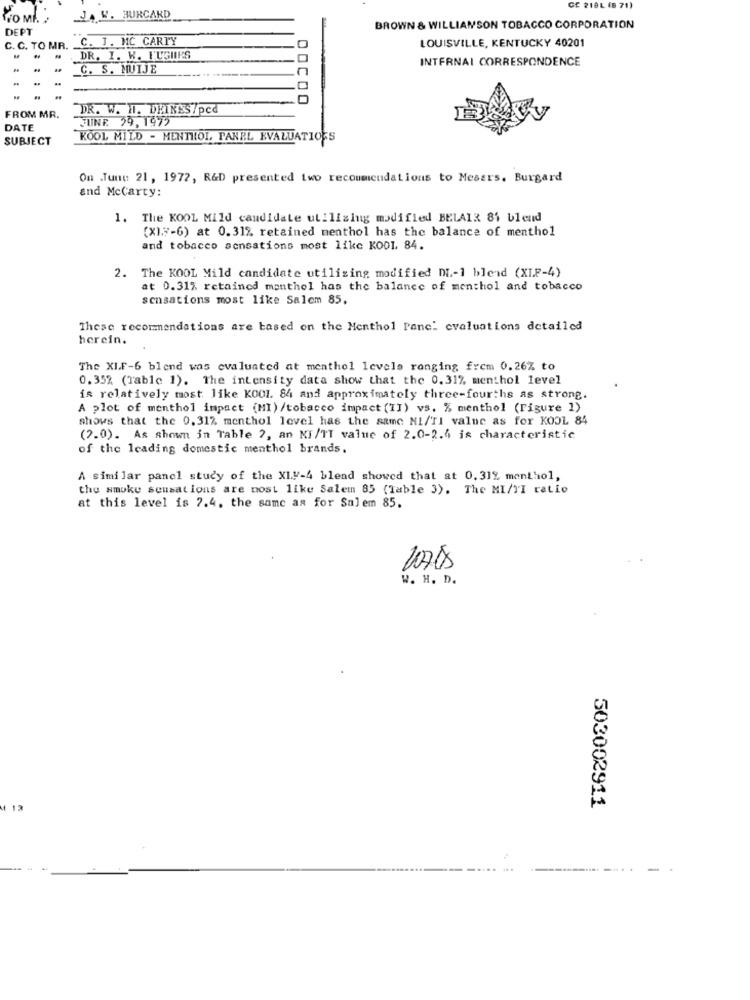
CE 218L (6 71)
Pro MI. :
JA W. BURCARD
DEPT
BROWN & WILLIAMSON TOBACCO CORPORATION
C. J. MC CARTY
LOUISVILLE, KENTUCKY 40201
C. C. TO MR.
DR. I. K. FUGIRS
INTERNAI CORRESPONDENCE
C. S. MUIJE
DR. W. H. DEINES/pcd
OOCOO
FROM MR.
JUNE 29,1972
DATE
SUBJECT
KOOL MILD - MENTHOL, PANEL EVALUATIONS
On June 21, 1972, R&D presented two recommendations to Mesers. Burgard
and Mccarty:
1. The KOOL Mild candidate utilizing modified BELAIR 84 blend
(X).7-6) at 0.31% retained menthol has the balance of menthol
and tobacco sensations most like KOOL 84.
2. The KOOL Mild candidate utilizing modified DI .- 1 blend (XI.F-4)
at 0.31% retained monthel has the balance of menthol and tobacco
sensations most like Salem 85,
These recommendations are based on the Menthol Pane: evaluations detailed
herein.
The XI.F-6 blend was evaluated at menthol levele ranging frem 0.26% to
0.35% (Table 1). The intensity data show that the 0.31% menthol level
is relatively most like KOO1. 84 and approximately three-fourths as strong.
A plot of menthol impact (MI) /tobacco impact (II) vs. % menthol (Figure 1)
shows that the 0.31% menthol level has the same NI/TI valne as for KOOL 84
(2.0). As shown in Table ?, an KI/TT value of 2.0-2.4 is characteristic
of the leading domestic menthol brands.
A similar panel study of the XL.y-4 blend showed that at 0,31% menthol,
the smoke seusations are nost like Salem 85 (Table 3). The MI/VI ratio
at this level is 7.4. the same as for Salem 85.
20705
W. H. D.
12
503002911
-.